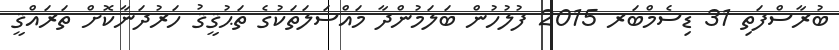
ބުރާސްފަތި 31 ޑިސެމްބަރ 2015 ފުލުހުން ބަލަމުންދާ މައްސަލަތަކުގެ ތަޙުޤީޤު ހަރުދަނާކޮށް ތަރައްޤީ